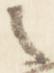
之